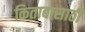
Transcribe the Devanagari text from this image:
किताबासाठी